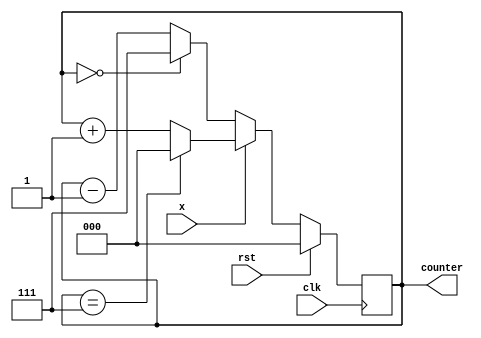
`timescale 1ns / 1ps

module hw1_q1(
    input clk, rst, x,
    output reg [2:0] counter = 0
    );
    
always @(posedge(clk)) begin
    if (rst)
        counter <= 0;
    else 
        if (x)
            if (counter == 7)
                counter <= 0;
            else
                counter <= counter+1;
        else
            if (counter == 0)
                counter <= 7;
            else
                counter <= counter-1;
        
end

endmodule